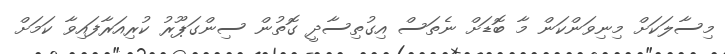
މިސާލަކަށް މިނިވަންކަން މާ ބޮޑަށް ނެތަސް އިގުތިސާދީ ގޮތުން ސިންގަޕޫރު ކުރިއަރާފައިވާ ކަމަށް